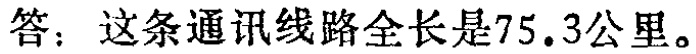
答：这条通讯线路全长是\(75.3\)公里。